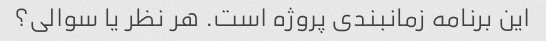
این برنامه زمانبندی پروژه است. هر نظر یا سوالی؟